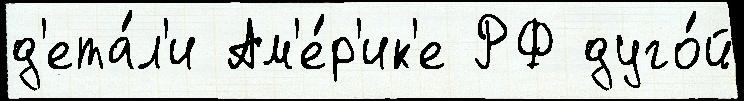
д'ета́л'и Ам'е́р'ик'е РФ дуго́й